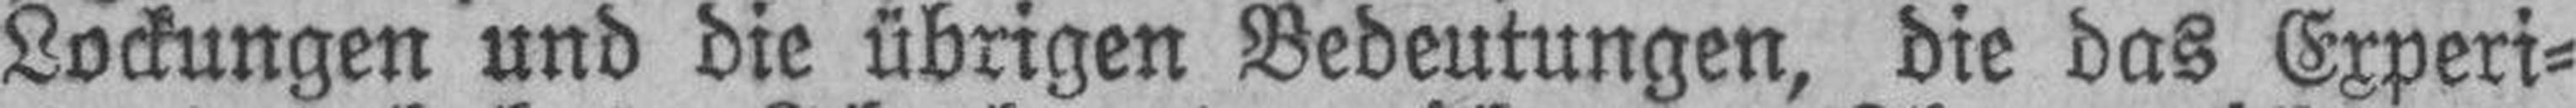
Lockungen und die übrigen Bedeutungen, die das Experi¬